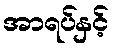
အာရပ်နှင့်